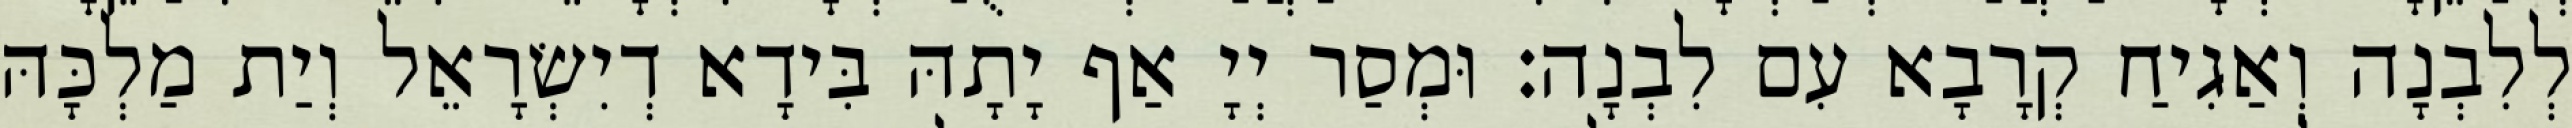
לְלִבְנָה וְאַגִיחַ קְרָבָא עִם לִבְנָה׃ וּמְסַר יְיָ אַף יָתָהּ בִּידָא דְיִשְׂרָאֵל וְיַת מַלְכָּהּ